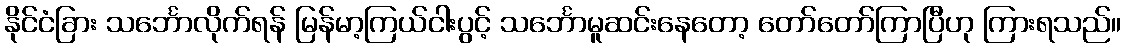
နိုင်ငံခြား သင်္ဘောလိုက်ရန် မြန်မာ့ကြယ်ငါးပွင့် သင်္ဘောမူဆင်းနေတော့ တော်တော်ကြာပြီဟု ကြားရသည်။